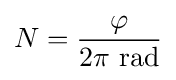
N={\frac {\varphi }{2\pi {\text{ rad}}}}